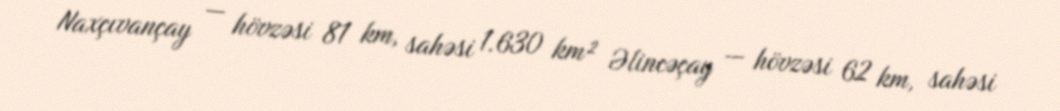
Naxçıvançay — hövzəsi 81 km, sahəsi 1.630 km² Əlincəçay — hövzəsi 62 km, sahəsi